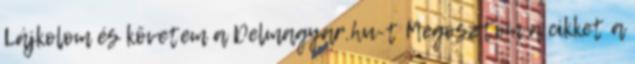
Lájkolom és követem a Delmagyar.hu-t Megosztom a cikket a